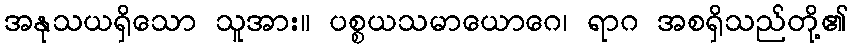
အနုသယရှိသော သူအား။ ပစ္စယသမာယောဂေ၊ ရာဂ အစရှိသည်တို့၏